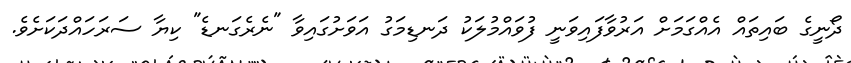
ދޯނީގެ ބައިތައް އެއްގަމަށް އަރުވާފައިވަނީ ފުވައްމުލަކު ދަނޑިމަގު އަވަށުގައިވާ "ނެރެގަނޑެ" ކިޔާ ސަރަހައްދަކަށެވެ.